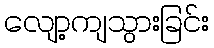
လျော့ကျသွားခြင်း